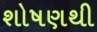
શોષણથી